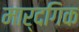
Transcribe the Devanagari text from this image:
मार्दगिक